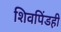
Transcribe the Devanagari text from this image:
शिवपिंडही